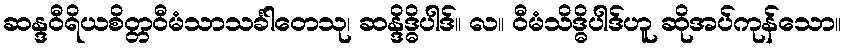
ဆန္ဒဝီရိယစိတ္တဝီမံသာသင်္ခါတေသု၊ ဆန္ဒိဒ္ဓိပါဒ်။ လ။ ဝီမံသိဒ္ဓိပါဒ်ဟူ ဆိုအပ်ကုန်သော။